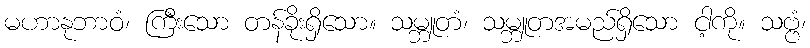
မဟာနုဘာဝံ၊ ကြီးသော တန်ခိုးရှိသော။ သမ္ဘူတံ၊ သမ္ဘူတအမည်ရှိသော ငါ့ကို။ သဗ္ဗံ၊